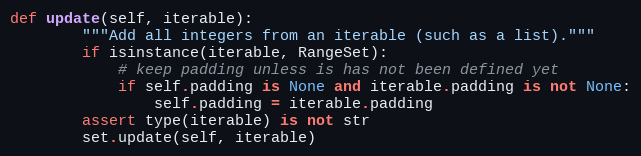
Language: Python
def update(self, iterable):
        """Add all integers from an iterable (such as a list)."""
        if isinstance(iterable, RangeSet):
            # keep padding unless is has not been defined yet
            if self.padding is None and iterable.padding is not None:
                self.padding = iterable.padding
        assert type(iterable) is not str
        set.update(self, iterable)